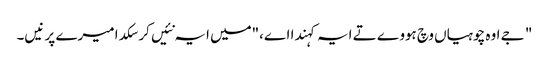
" جے اوہ چوہیاں وچ ہووے تے ایہ کہندا اے،"میں ایہ نئیں کر سکدا میرے پر نیں۔